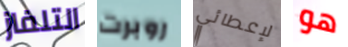
التلفاز روبرت لإعطائي هو